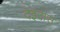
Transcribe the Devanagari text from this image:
देइदास